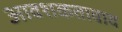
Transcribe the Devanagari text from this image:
आवशकतावाद